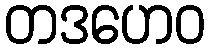
တဒဟေဝ